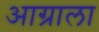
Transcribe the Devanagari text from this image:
आग्राला